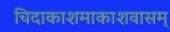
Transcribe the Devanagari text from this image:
चिदाकाशमाकाशवासम्